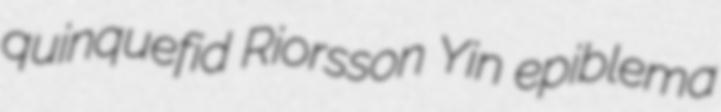
quinquefid Riorsson Yin epiblema